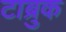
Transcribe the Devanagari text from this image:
टाब्रुक